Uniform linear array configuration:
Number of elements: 64
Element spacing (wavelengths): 0.25
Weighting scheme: uniform
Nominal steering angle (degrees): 45
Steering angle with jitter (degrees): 45.93
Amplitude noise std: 0.05
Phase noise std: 0.05

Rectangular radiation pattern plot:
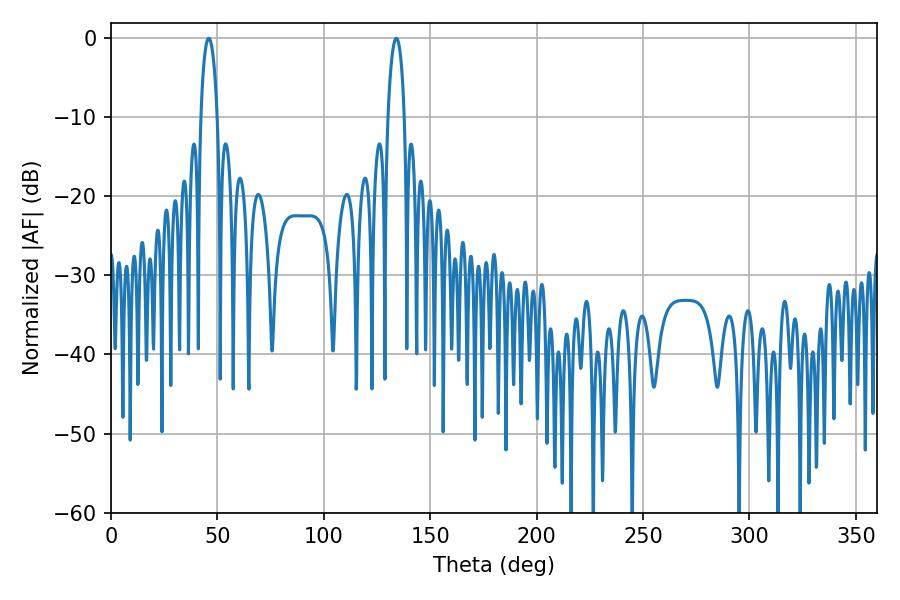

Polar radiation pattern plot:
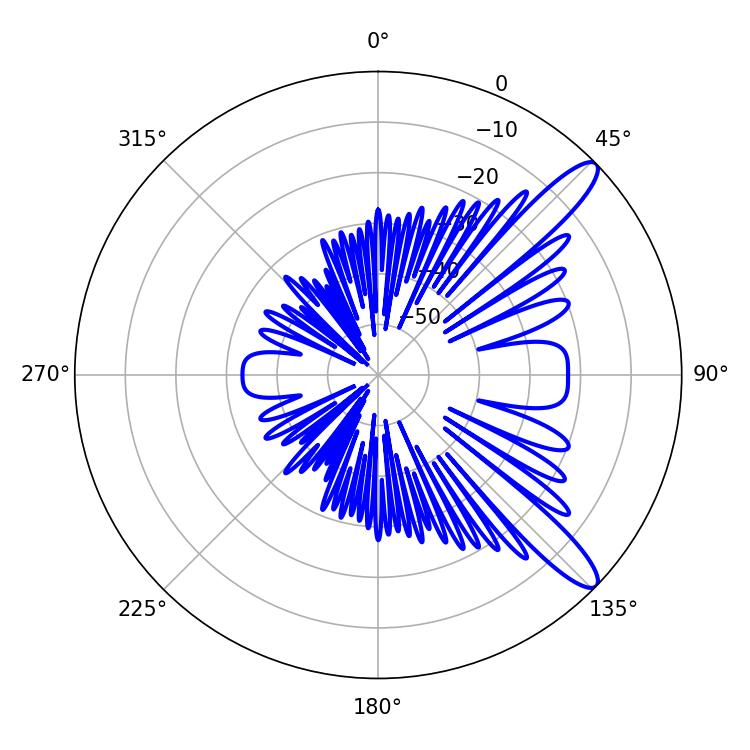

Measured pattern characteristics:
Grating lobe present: FALSE
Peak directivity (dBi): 11.881
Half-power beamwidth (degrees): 4.5
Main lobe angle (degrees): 45.9